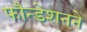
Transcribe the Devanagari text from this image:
फौन्डेशनने